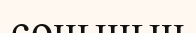
соңының